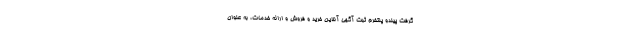
گرفت پیندو پلتفرم ثبت آگهی آنلاین خرید و فروش و ارائه خدمات، به عنوان